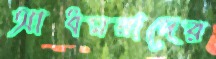
আধমরাদের